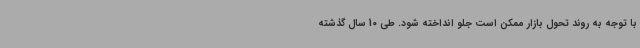
با توجه به روند تحول بازار ممکن است جلو انداخته شود. طی 10 سال گذشته